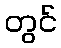
တွင်